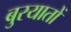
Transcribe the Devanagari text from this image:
बुरयातों